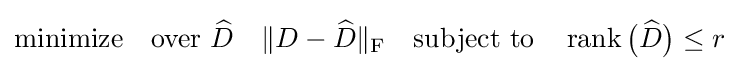
{\text{minimize}}\quad {\text{over }}{\widehat {D}}\quad \|D-{\widehat {D}}\|_{\text{F}}\quad {\text{subject to}}\quad \operatorname {rank} {\big (}{\widehat {D}}{\big )}\leq r